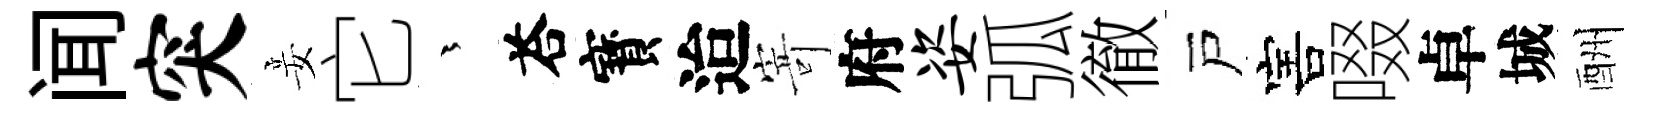
闻突妾它茫荅寳迨𭔃府姿弧徹戸害啜卓城酬